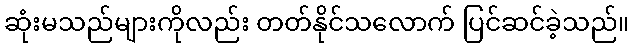
ဆုံးမသည်များကိုလည်း တတ်နိုင်သလောက် ပြင်ဆင်ခဲ့သည်။